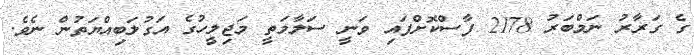
ގެ ގަރާރު ނަމްބަރު 2178 ފާސްކޮށްފައި ވަނީ ސަލާމަތީ މަޖިލީހުގެ އަގުލަބިއްޔަތުން ނެވެ.